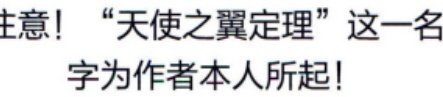
注意！“天使之翼定理”这一名字为作者本人所起！